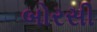
બોરસી